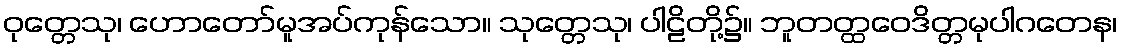
ဝုတ္တေသု၊ ဟောတော်မူအပ်ကုန်သော။ သုတ္တေသု၊ ပါဠိတို့၌။ ဘူတတ္ထဝေဒိတ္တမုပါဂတေန၊